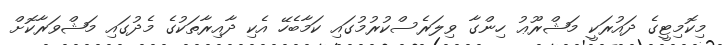
މިކޮމިޓީގެ ދައުރަކީ މަޝްރޫޢު ހިންގާ ވިލަރެސްކުރުމުގައި ކަމާބެހޭ އެކި ދާއިރާތަކުގެ މެދުގައި މަޝްވަރާކޮށް